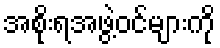
အစိုးရအဖွဲ့ဝင်များကို